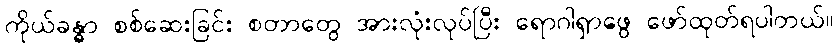
ကိုယ်ခန္ဓာ စစ်ဆေးခြင်း စတာတွေ အားလုံးလုပ်ပြီး ရောဂါရှာဖွေ ဖော်ထုတ်ရပါတယ်။